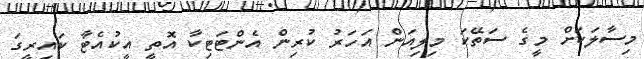
މިސާލަކަށް މީގެ ސަތޭކަ މިލިއަން އަހަރު ކުރިން އެންޓަޓިކާ އޮތީ އީކުއެޓާ ކައިރީގަ